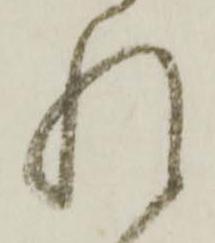
れ